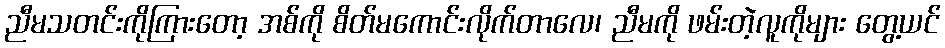
ညီမသတင်းကိုကြားတော့ အစ်ကို စိတ်မကောင်းလိုက်တာလေ၊ ညီမကို ဖမ်းတဲ့လူကိုများ တွေ့ယင်